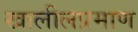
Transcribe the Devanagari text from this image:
खालीलप्रमाण